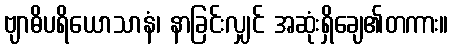
ဗျာဓိပရိယောသာနံ၊ နာခြင်းလျှင် အဆုံးရှိချေ၏တကား။